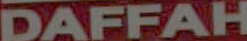
DAFFAH